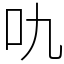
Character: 㕤